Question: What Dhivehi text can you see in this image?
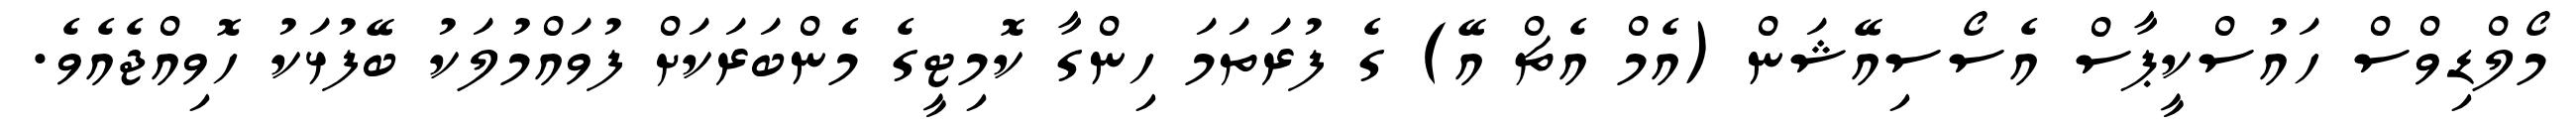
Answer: މޯލްޑިވްސް ހައުސްކީޕާސް އެސޯސިއޭޝަން (އެމް އެޗް އޭ) ގެ ފުރަތަމަ ހިންގާ ކޮމިޓީގެ މެންބަރަކަށް ފުވައްމުލަކު ބޭފުޅަކު ހޮވިއްޖެއެވެ.